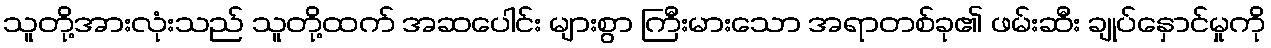
သူတို့အားလုံးသည် သူတို့ထက် အဆပေါင်း များစွာ ကြီးမားသော အရာတစ်ခု၏ ဖမ်းဆီး ချုပ်နှောင်မှုကို